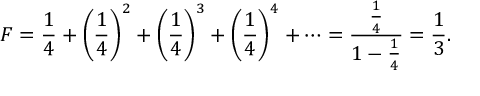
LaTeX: F = { \frac { 1 } { 4 } } + \left( { \frac { 1 } { 4 } } \right) ^ { 2 } + \left( { \frac { 1 } { 4 } } \right) ^ { 3 } + \left( { \frac { 1 } { 4 } } \right) ^ { 4 } + \cdots = { \frac { \frac { 1 } { 4 } } { 1 - { \frac { 1 } { 4 } } } } = { \frac { 1 } { 3 } } .